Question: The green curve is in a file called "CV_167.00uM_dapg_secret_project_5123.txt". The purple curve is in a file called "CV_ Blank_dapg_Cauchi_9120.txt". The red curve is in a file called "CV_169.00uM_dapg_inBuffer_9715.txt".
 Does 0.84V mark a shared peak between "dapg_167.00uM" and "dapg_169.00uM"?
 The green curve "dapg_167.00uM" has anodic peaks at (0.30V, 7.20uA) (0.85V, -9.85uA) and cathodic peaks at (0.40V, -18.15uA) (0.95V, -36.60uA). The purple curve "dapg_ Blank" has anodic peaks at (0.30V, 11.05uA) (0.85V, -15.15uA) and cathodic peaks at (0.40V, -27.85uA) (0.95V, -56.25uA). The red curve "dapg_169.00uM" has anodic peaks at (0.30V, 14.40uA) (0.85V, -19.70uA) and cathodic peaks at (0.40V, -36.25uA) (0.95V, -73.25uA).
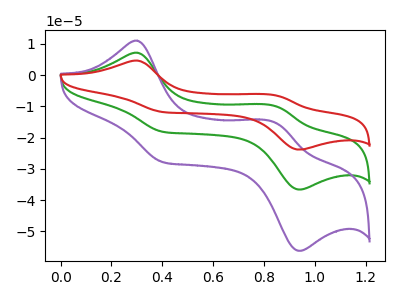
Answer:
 <answer>Yes, "dapg_167.00uM" and "dapg_169.00uM" share a peak at 0.84V.</answer>
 <eval>match</eval>